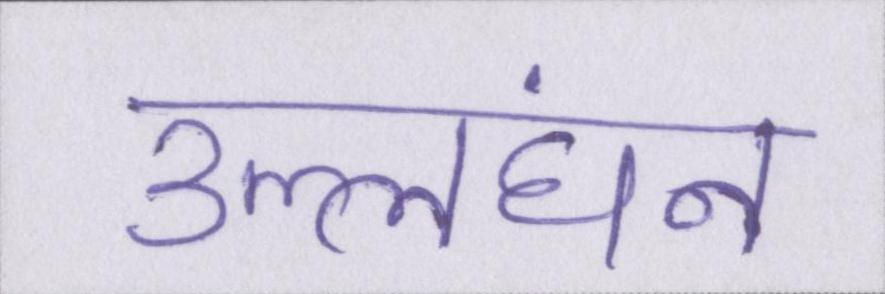
उल्लंघन